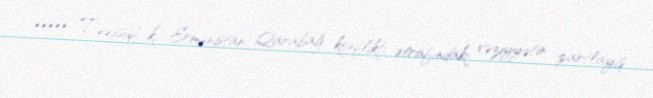
***** Təəssüf ki, Ermənistan Qarabağ konflikti ətrafındakı vəziyyətin partlayış